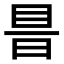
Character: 𥅏